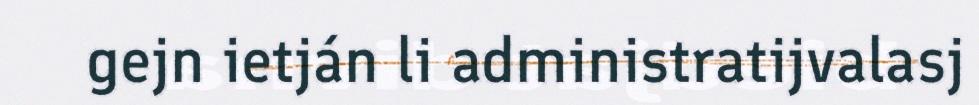
gejn ietján li administratijvalasj